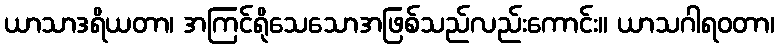
ယာသာဒရိယတာ၊ အကြင်ရိုသေသောအဖြစ်သည်လည်းကောင်း။ ယာသဂါရဝတာ၊